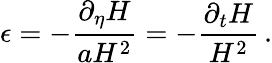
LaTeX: \epsilon=-\frac{\partial_{\eta}H}{aH^{2}}=-\frac{\partial_{t}H}{H^{2}}\, .